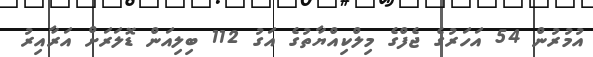
އުމުރުން 54 އަހަރުގެ ޖެފްގެ މިލްކިއްޔާތުގެ އަގު 112 ބިލިއަން ޑޮލަރަށް އަރާއިރު